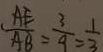
\frac { A E } { A B } = \frac { 3 } { 9 } = \frac { 1 } { 3 }